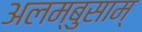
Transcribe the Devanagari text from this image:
अलम्बुसाम्